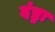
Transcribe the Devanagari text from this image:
दंष्ट्रा